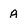
Character: A